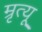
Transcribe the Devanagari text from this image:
म्रृत्यू